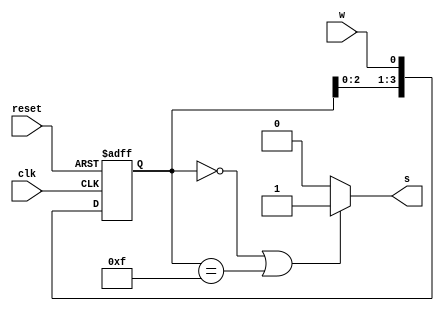
module reg_solution (
    input reset,w,clk,
    output reg s
);
    reg [3:0] stack; 
    always @(posedge clk,posedge reset) begin
        if (reset) begin
            stack<=4'bxxxx;
        end
        else begin
            stack <= {stack[2:0],w};      
        end
    end
    always @(stack) begin
        if ( stack==4'b0000 || stack==4'b1111 ) begin
            s = 1'b1;
        end
        else
            s = 1'b0;
    end
endmodule